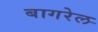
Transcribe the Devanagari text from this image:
बागरेल